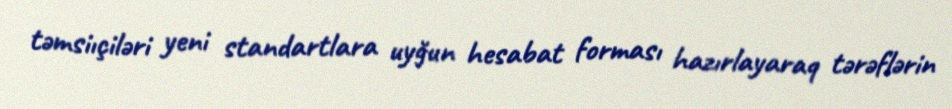
təmsiıçiləri yeni standartlara uyğun hesabat forması hazırlayaraq tərəflərin